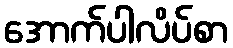
အောက်ပါလိပ်စာ